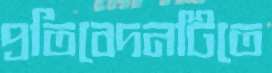
প্রতিবেদনটিতে